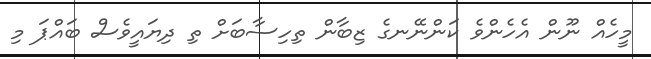
މީހެއް ނޫން އެހެންވެ ކަންނޭނގެ ޒިބާން ތިހިސާބަށް ތި ދިޔައީވެސް ބައްޕަ މި